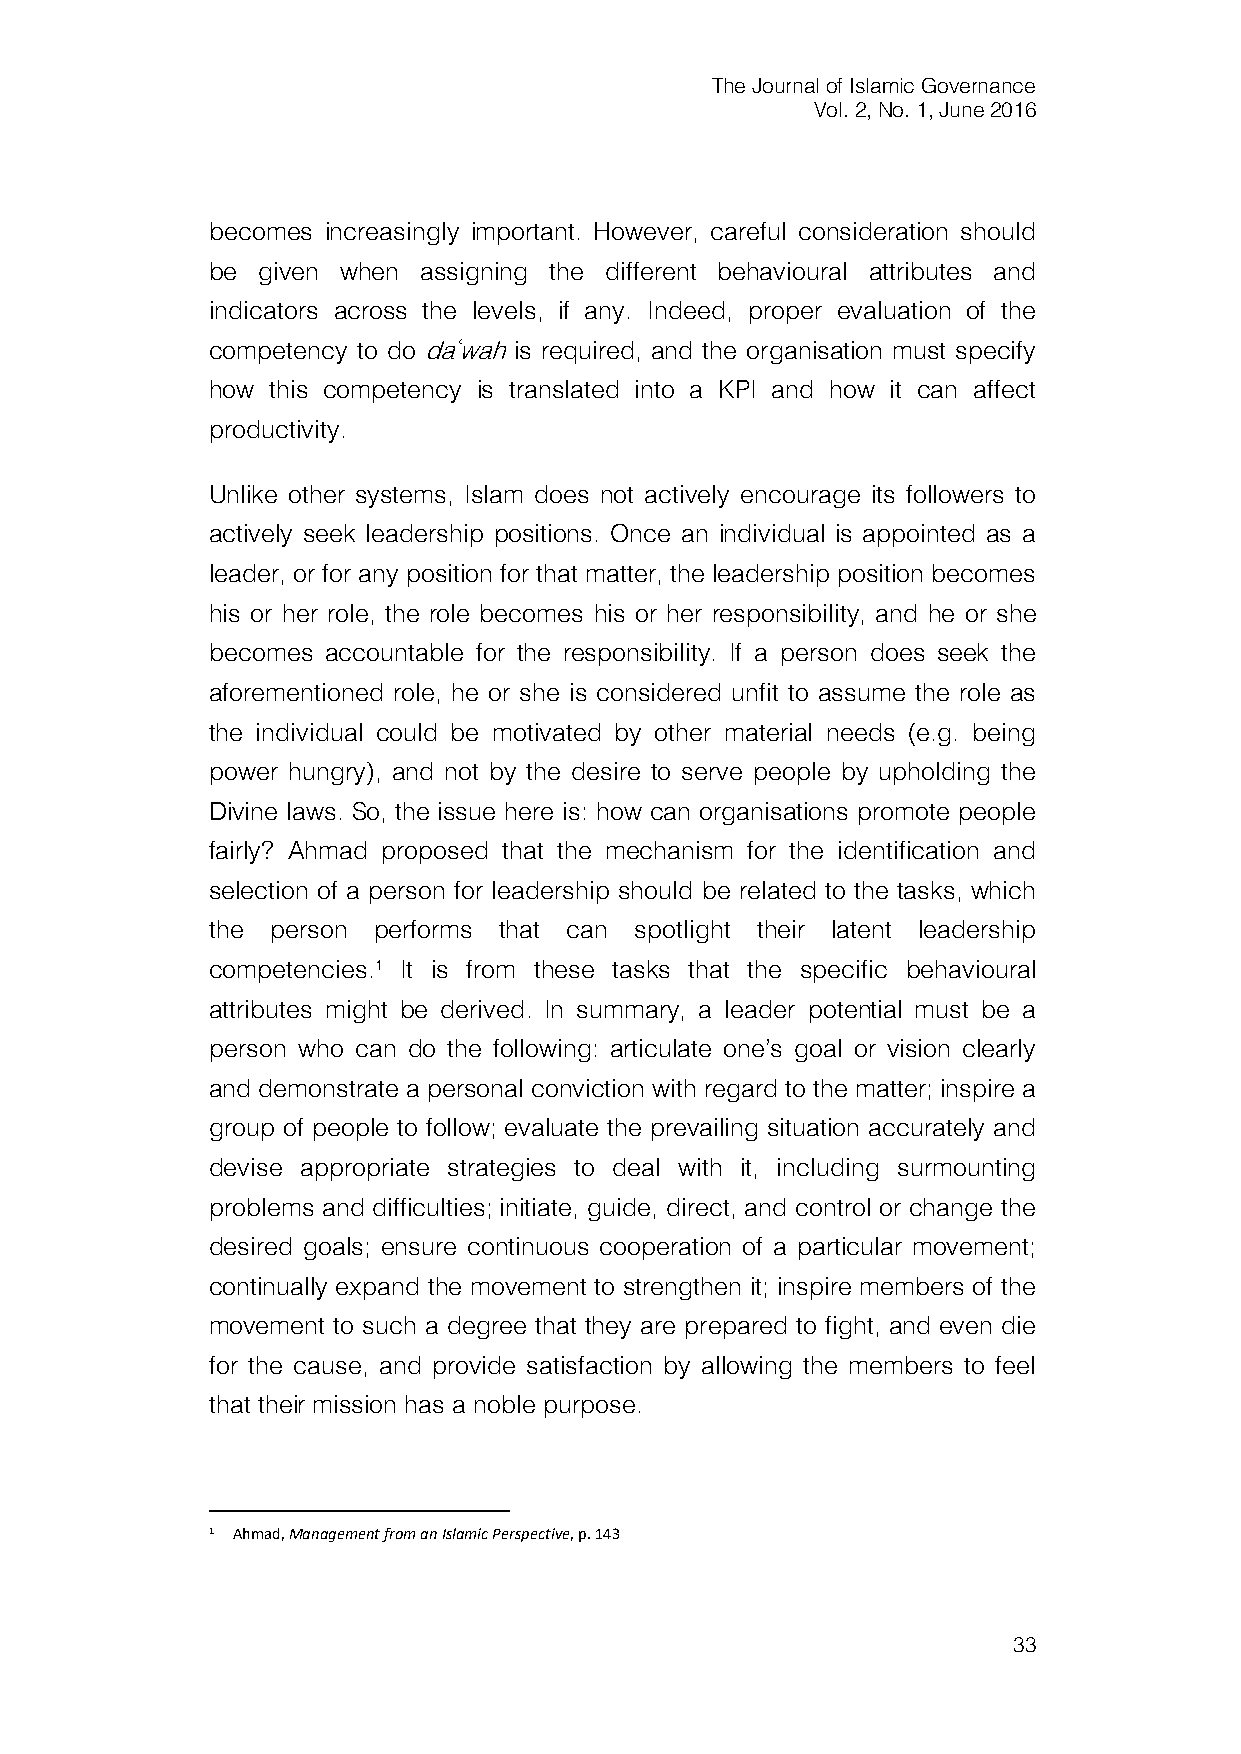
The Journal of Islamic Governance
 Vol. 2, No. 1, June 2016
 becomes increasingly important. However, careful consideration should
 be given when assigning the different behavioural attributes and
 indicators across the levels, if any. Indeed, proper evaluation of the
 competency to do daʿwah is required, and the organisation must specify
 how this competency is translated into a KPI and how it can affect
 productivity.
 Unlike other systems, Islam does not actively encourage its followers to
 actively seek leadership positions. Once an individual is appointed as a
 leader, or for any position for that matter, the leadership position becomes
 his or her role, the role becomes his or her responsibility, and he or she
 becomes accountable for the responsibility. If a person does seek the
 aforementioned role, he or she is considered unfit to assume the role as
 the individual could be motivated by other material needs (e.g. being
 power hungry), and not by the desire to serve people by upholding the
 Divine laws. So, the issue here is: how can organisations promote people
 fairly? Ahmad proposed that the mechanism for the identification and
 selection of a person for leadership should be related to the tasks, which
 the person performs that can spotlight their latent leadership
 competencies.1 It is from these tasks that the specific behavioural
 attributes might be derived. In summary, a leader potential must be a
 person who can do the following: articulate one’s goal or vision clearly
 and demonstrate a personal conviction with regard to the matter; inspire a
 group of people to follow; evaluate the prevailing situation accurately and
 devise appropriate strategies to deal with it, including surmounting
 problems and difficulties; initiate, guide, direct, and control or change the
 desired goals; ensure continuous cooperation of a particular movement;
 continually expand the movement to strengthen it; inspire members of the
 movement to such a degree that they are prepared to fight, and even die
 for the cause, and provide satisfaction by allowing the members to feel
 that their mission has a noble purpose.
 1 Ahmad, Management from an Islamic Perspective, p. 143
 33